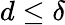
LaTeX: d\leq\delta